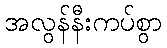
အလွန်နီးကပ်စွာ